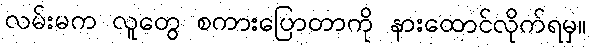
လမ်းမက လူတွေ စကားပြောတာကို နားထောင်လိုက်ရမှ။